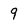
Character: 9